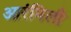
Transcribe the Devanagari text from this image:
आरंमिली